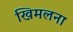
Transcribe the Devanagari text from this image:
खिमलना